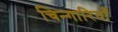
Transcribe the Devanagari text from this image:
चिन्गारियाँ